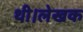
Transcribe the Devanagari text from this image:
थी।लेखक